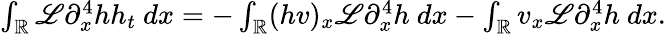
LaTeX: \begin{array}{r}{\int_{\mathbb R}\mathscr{L}\partial_{x}^{4}hh_{t}\ dx=-\int_{\mathbb R}(hv)_{x}\mathscr{L}\partial_{x}^{4}h\ dx-\int_{\mathbb R}v_{x}\mathscr{L}\partial_{x}^{4}h\ dx.}\end{array}